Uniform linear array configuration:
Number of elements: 48
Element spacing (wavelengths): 0.25
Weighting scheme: kaiser
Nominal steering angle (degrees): -60
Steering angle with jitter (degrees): -60.854
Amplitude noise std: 0.05
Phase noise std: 0.05

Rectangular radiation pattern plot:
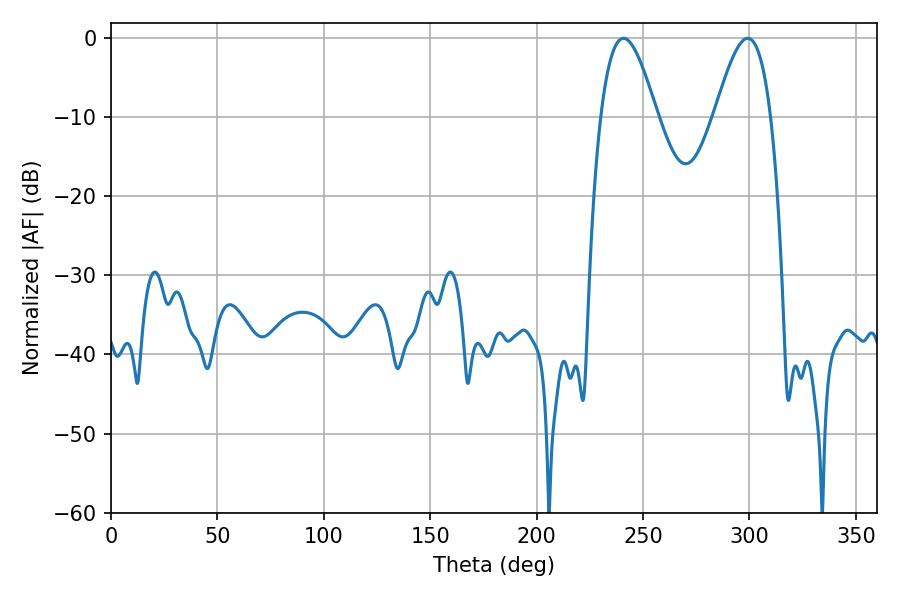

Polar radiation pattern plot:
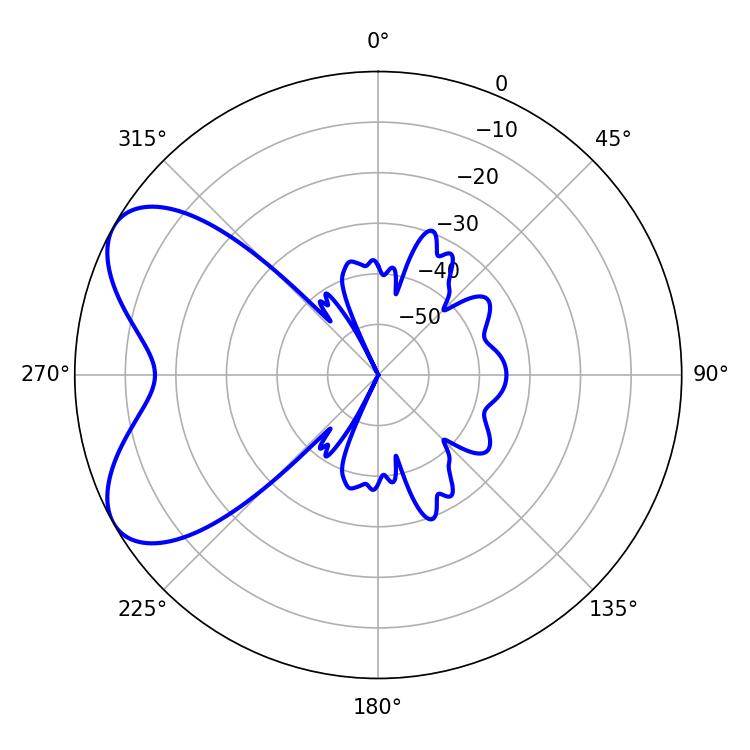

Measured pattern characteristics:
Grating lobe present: FALSE
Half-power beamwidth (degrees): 14.22
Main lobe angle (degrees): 240.84